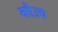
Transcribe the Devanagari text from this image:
कौउच